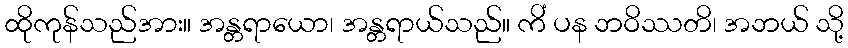
ထိုကုန်သည်အား။ အန္တရာယော၊ အန္တရာယ်သည်။ ကိံ ပန ဘဝိဿတိ၊ အဘယ် သို့